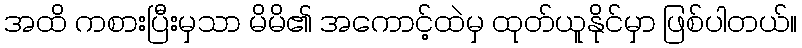
အထိ ကစားပြီးမှသာ မိမိ၏ အကောင့်ထဲမှ ထုတ်ယူနိုင်မှာ ဖြစ်ပါတယ်။